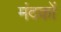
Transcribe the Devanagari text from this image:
मंदकों